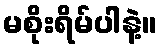
မစိုးရိမ်ပါနဲ့။